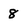
Character: 8